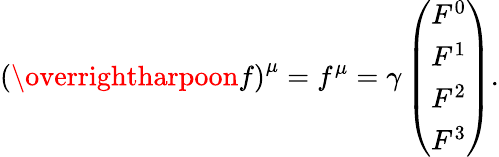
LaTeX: \left(\overrightharpoon{f}\right)^{\mu}=f^{\mu}=\gamma\left(\begin{array}{l}{F^{0}}\\ {F^{1}}\\ {F^{2}}\\ {F^{3}}\end{array}\right).